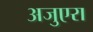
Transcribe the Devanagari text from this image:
अजुएरा